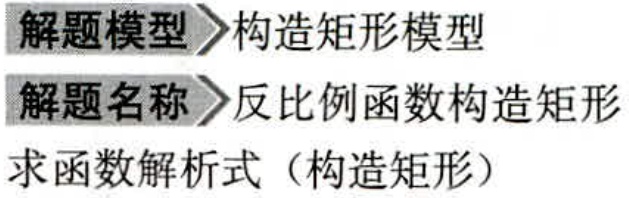
解题模型 构造矩形模型
解题名称 反比例函数构造矩形
求函数解析式（构造矩形）